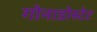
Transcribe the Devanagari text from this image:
गोनाडोस्टेट